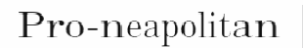
Pro-neapolitan